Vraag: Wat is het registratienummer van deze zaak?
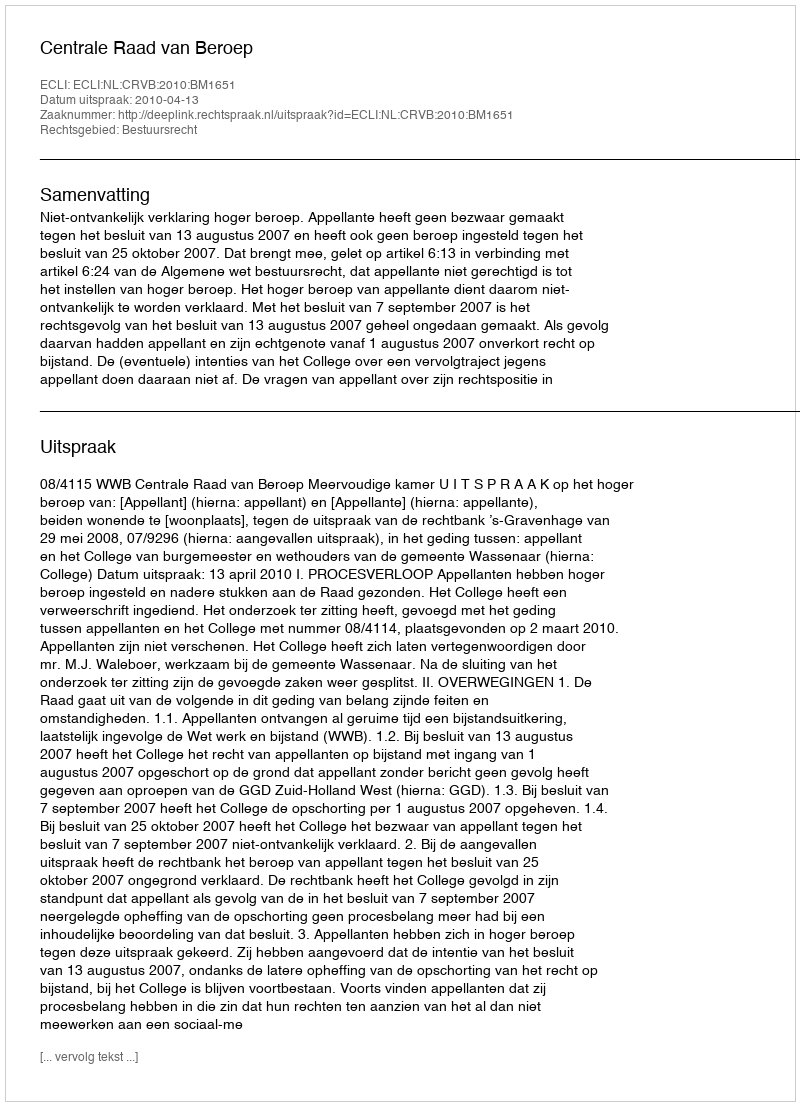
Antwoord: http://deeplink.rechtspraak.nl/uitspraak?id=ECLI:NL:CRVB:2010:BM1651